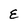
Character: E